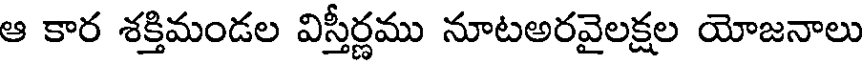
ఆ కార శక్తిమండల విస్తీర్ణము నూటఅరవైలక్షల యోజనాలు